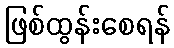
ဖြစ်ထွန်းစေရန်